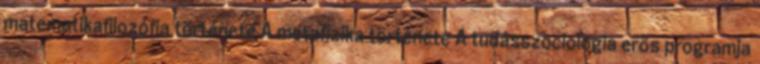
matematikafilozófia története A metafizika története A tudásszociológia erős programja